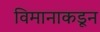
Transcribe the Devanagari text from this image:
विमानाकडून